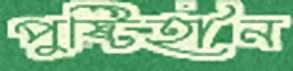
পুষ্টিহীন